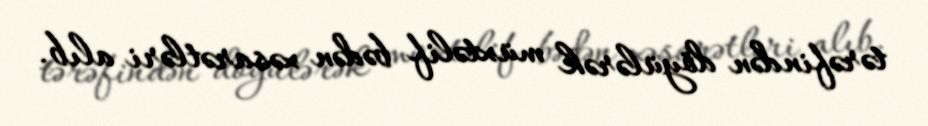
tərəfindən döyülərək müxtəlif bədən xəsarətləri alıb.